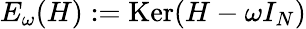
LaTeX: E_{\omega}(H):=\mathrm{Ker}(H-\omega I_{N})